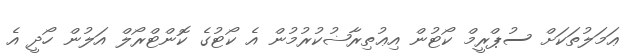
ޢަމަލުތަކަށް ސުޕްރީމް ކޯޓުން އިޢުތިރާޟުކުރުމުން އެ ކޯޓުގެ ކޮންޓްރޯލް އަލުން ހޯދީ އެ